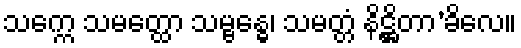
သက္ကေ သမတ္ထော သမ္ဗန္ဓေ၊ သမတ္တံ နိဋ္ဌိတာ’ခိလေ။